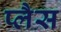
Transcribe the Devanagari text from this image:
प्लैस